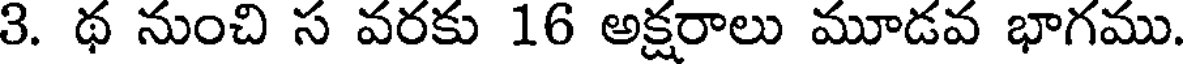
3. థ నుంచి స వరకు 16 అక్షరాలు మూడవ భాగము.